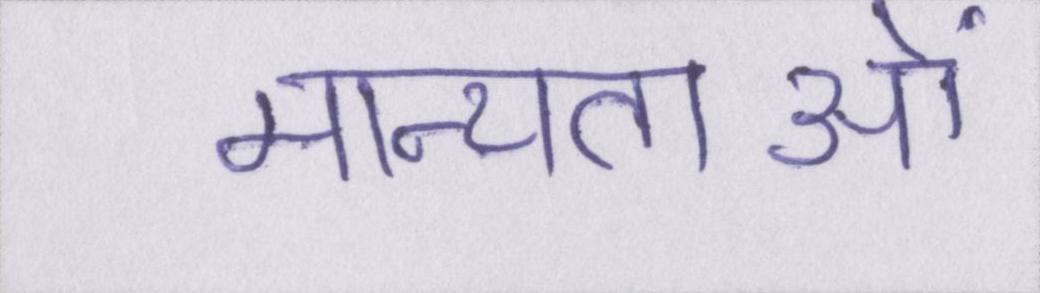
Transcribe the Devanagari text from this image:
मान्यताओं